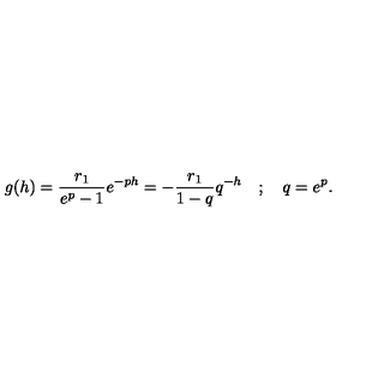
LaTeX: g ( h ) = \frac { r _ { 1 } } { e ^ { p } - 1 } e ^ { - p h } = - \frac { r _ { 1 } } { 1 - q } q ^ { - h } \quad ; \quad q = e ^ { p } .